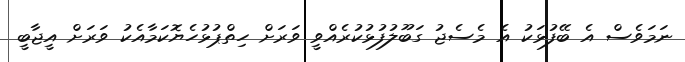
ނަމަވެސް އެ ބޭފުޅަކު އެ މެސެޖު ގަބޫލުފުޅުކުރެއްވީ ވަރަށް ހިތްޕުޅުހެޔޮކަމާއެކު ވަރަށް އީޖާބީ